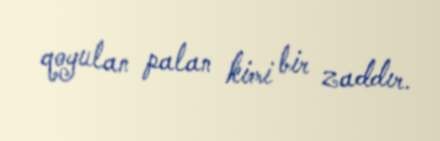
qoyulan palan kimi bir zaddır.